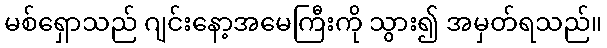
မစ်ရှောသည် ဂျင်းနော့အမေကြီးကို သွား၍ အမှတ်ရသည်။